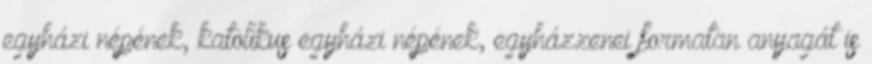
egyházi népének, katolikus egyházi népének, egyházzenei formatan anyagát is